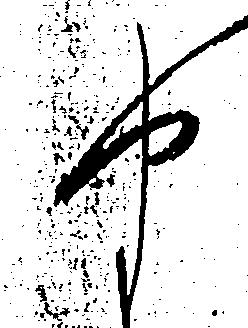
や